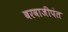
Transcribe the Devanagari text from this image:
बरवाजीपंत